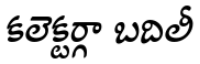
కలెక్టర్గా బదిలీ